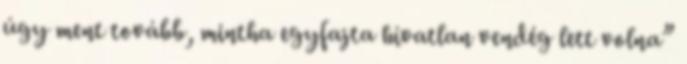
úgy ment tovább, mintha egyfajta hívatlan vendég lett volna”